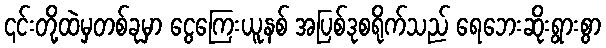
၎င်းတို့ထဲမှတစ်ခုမှာ ငွေကြေးယူနစ် အပြစ်ဒုစရိုက်သည် ရေဘေးဆိုးရွားစွာ